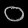
Digit: ၀